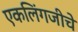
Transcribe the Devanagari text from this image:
एकलिंगजीचे